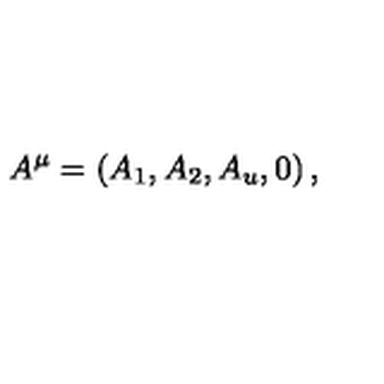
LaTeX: A ^ { \mu } = \left( A _ { 1 } , A _ { 2 } , A _ { u } , 0 \right) ,